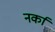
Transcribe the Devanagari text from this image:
नर्का